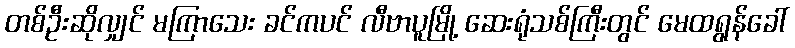
တစ်ဦးဆိုလျှင် မကြာသေး ခင်ကပင် လီဗာပူမြို့ ဆေးရုံသစ်ကြီးတွင် မေထရွန်ခေါ်